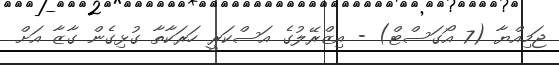
ޖަމިއްޔާ (7 އޯގަސްޓް) - އިޒްރޭލުގެ އަސްކަރީ ހަރަކާތާ ގުޅިގެން ގާޒާ އަށް